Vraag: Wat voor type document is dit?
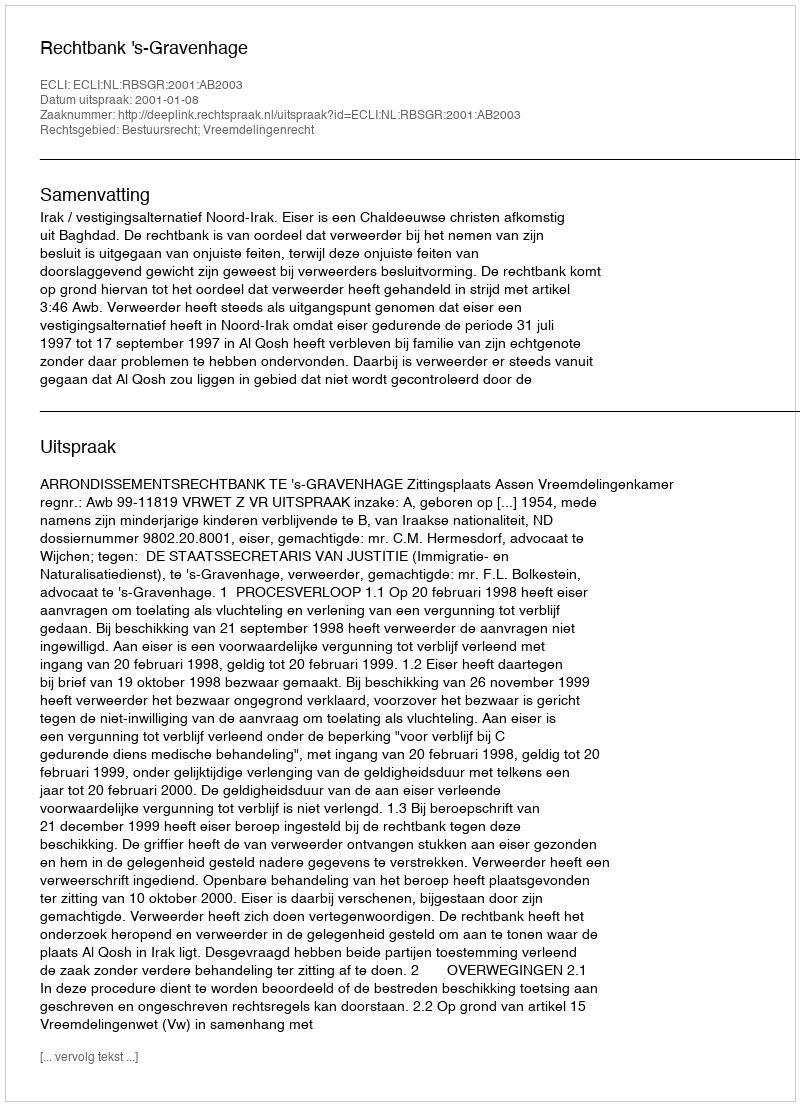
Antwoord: Uitspraak